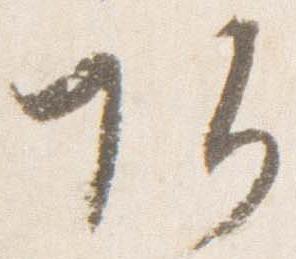
頭